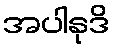
အပါနုဒိ